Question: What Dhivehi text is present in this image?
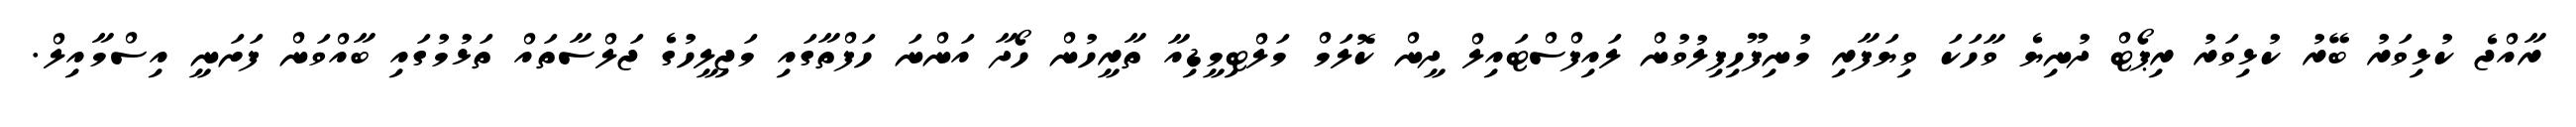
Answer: ރާއްޖެ ކުޅިވަރު ބޭރު ކުޅިވަރު ރިޕޯޓް ދުނިޔެ ވާހަކަ ވިޔަފާރި މުނިފޫހިފިލުވުން ލައިފްސްޓައިލް ދީން ކޮލަމް މަލްޓިމީޑިއާ ތާރީހުން ހޯދާ އަންނަ ހަފްތާގައި މަޖިލީހުގެ ޖަލްސާތައް ތަޅުމުގައި ބާއްވަން ފަށަނީ އިސްމާއިލް.